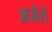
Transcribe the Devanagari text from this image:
अर्जरों